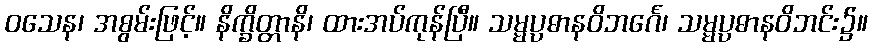
ဝသေန၊ အစွမ်းဖြင့်။ နိက္ခိတ္တာနိ၊ ထားအပ်ကုန်ပြီ။ သမ္မပ္ပဓာနဝိဘင်္ဂေ၊ သမ္မပ္ပဓာနဝိဘင်း၌။